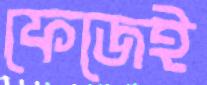
ফেজেই